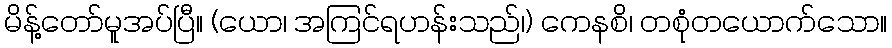
မိန့်တော်မူအပ်ပြီ။ (ယော၊ အကြင်ရဟန်းသည်၊) ကေနစိ၊ တစုံတယောက်သော။